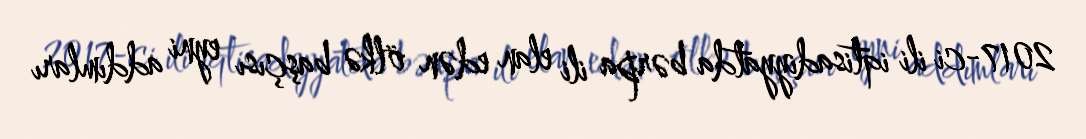
2017-ci ili iqtisadiyyatda bərpa ili elan edən ölkə başçısı eyni addımları